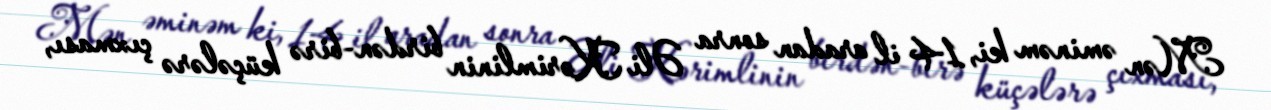
Mən əminəm ki, 14 il aradan sonra Əli Kərimlinin birdən-birə küçələrə çıxması,